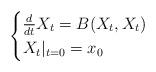
LaTeX: \begin{align*} \begin{cases}\frac{d}{dt} X_t = B(X_t,X_t) \\ X_t|_{t=0} = x_0\end{cases}\end{align*}